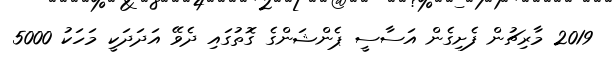
2019 މާރިޗުން ފެށިގެން އަސާސީ ޕެންޝަންގެ ގޮތުގައި ދެވޭ އަދަދަކީ މަހަކު 5000